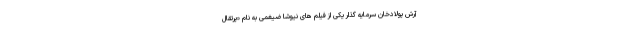
آرش پولادخان سرمایه گذار یکی از فیلم های نیوشا ضیغمی به نام «پرتقال